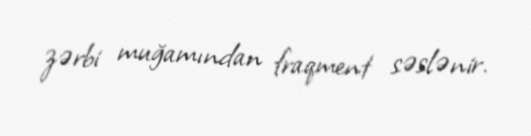
zərbi muğamından fraqment səslənir.